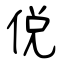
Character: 侻